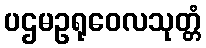
ပဌမဥရုဝေလသုတ္တံ